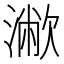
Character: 𣿁